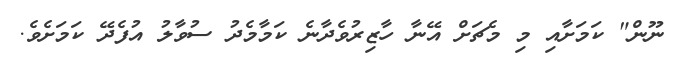
ނޫން" ކަމަށާއި މި މެޗަށް އޭނާ ހާޒިރުވެދާނެ ކަމާމެދު ސުވާލު އުފެދޭ ކަމަށެވެ.